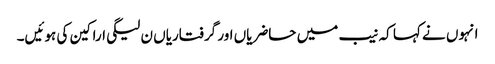
انہوں نے کہا کہ نیب میں حاضریاں اور گرفتاریاں ن لیگی اراکین کی ہوئیں۔